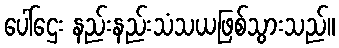
ပေါ်ဌေး နည်းနည်းသံသယဖြစ်သွားသည်။